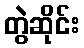
တွဲဆိုင်း